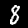
Label: 8